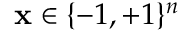
\mathbf { x } \in \{ - 1 , + 1 \} ^ { n }